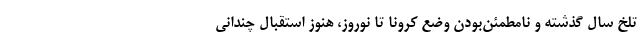
تلخ سال گذشته و نامطمئن‌بودن وضع کرونا تا نوروز، هنوز استقبال چندانی